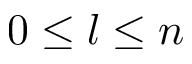
0 \le l \le n